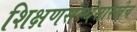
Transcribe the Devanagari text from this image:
शिक्षणसंस्थेसारखेच